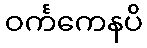
ဝင်္ကကေနပိ